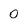
Character: 0